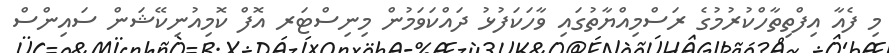
މި ފެއާ އިފްތިތާހްކުރުމުގެ ރަސްމިއްޔާތުގައި ވާހަކަފުޅު ދައްކަވަމުން މިނިސްޓަރ އޮފް ކޮމިއުނިކޭޝަން ސައިންސް